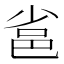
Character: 𨚒